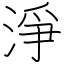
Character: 淨